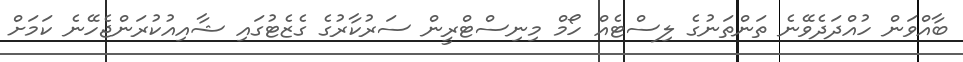
ބާއްވަން ހުއްދަދެވޭނެ ތަންތަނުގެ ލިސްޓެއް ހޯމް މިނިސްޓްރީން ސަރުކާރުގެ ގެޒެޓުގައި ޝާއިއުކުރަންޖެހޭނެ ކަމަށް